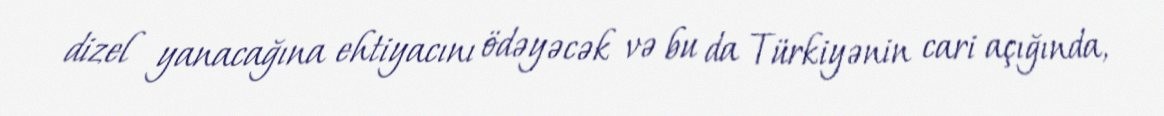
dizel yanacağına ehtiyacını ödəyəcək və bu da Türkiyənin cari açığında,